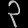
Digit: ၃